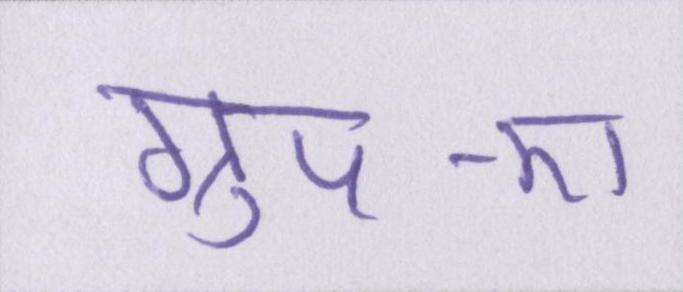
ग्रुप-ए